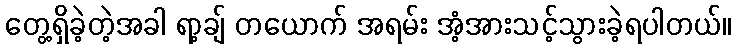
တွေ့ရှိခဲ့တဲ့အခါ ရာ့ချ် တယောက် အရမ်း အံ့အားသင့်သွားခဲ့ရပါတယ်။